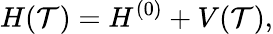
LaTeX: H(\mathcal{T})=H^{(0)}+V(\mathcal{T}),